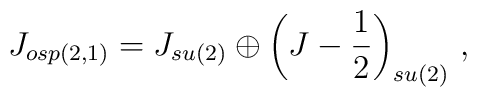
J_{osp(2,1)} = J_{su(2)} \oplus \left(J - \frac{1}{2}\right)_{su(2)}\,,